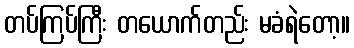
တပ်ကြပ်ကြီး တယောက်တည်း မခံရဲတော့။